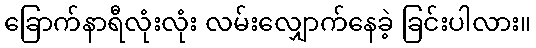
ခြောက်နာရီလုံးလုံး လမ်းလျှောက်နေခဲ့ ခြင်းပါလား။